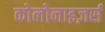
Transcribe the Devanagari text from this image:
कोलोनाइज़र्स